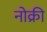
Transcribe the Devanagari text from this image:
नोक्री